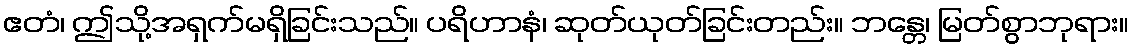
ဧတံ၊ ဤသို့အရှက်မရှိခြင်းသည်။ ပရိဟာနံ၊ ဆုတ်ယုတ်ခြင်းတည်း။ ဘန္တေ၊ မြတ်စွာဘုရား။